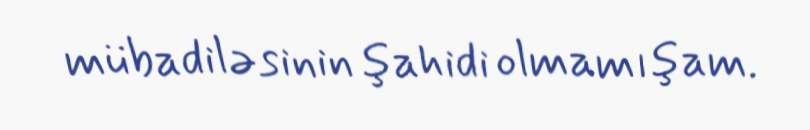
mübadiləsinin şahidi olmamışam.